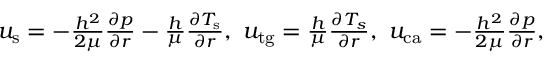
\begin{array} { r } { u _ { \mathrm { s } } = - \frac { h ^ { 2 } } { 2 \mu } \frac { \partial p } { \partial r } - \frac { h } { \mu } \frac { \partial T _ { \mathrm { s } } } { \partial r } , \ u _ { \mathrm { t g } } = \frac { h } { \mu } \frac { \partial T _ { s } } { \partial r } , \ u _ { \mathrm { c a } } = - \frac { h ^ { 2 } } { 2 \mu } \frac { \partial p } { \partial r } , } \end{array}